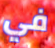
في